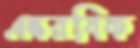
এস্করবিক